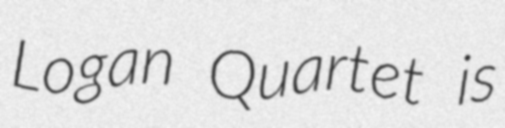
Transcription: Logan Quartet is